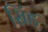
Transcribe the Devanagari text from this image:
सिंड